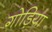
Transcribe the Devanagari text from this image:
गोड़िया